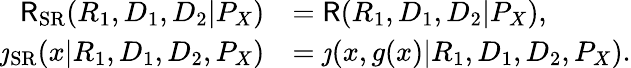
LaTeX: \begin{array}{rl}{\mathsf{R}_{\mathrm{{SR}}}(R_{1},D_{1},D_{2}|P_{X})}&{=\mathsf{R}(R_{1},D_{1},D_{2}|P_{X}),}\\ {\jmath_{\mathrm{SR}}(x|R_{1},D_{1},D_{2},P_{X})}&{=\jmath(x,g(x)|R_{1},D_{1},D_{2},P_{X}).}\end{array}